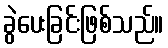
ခွဲပေးခြင်းဖြစ်သည်။